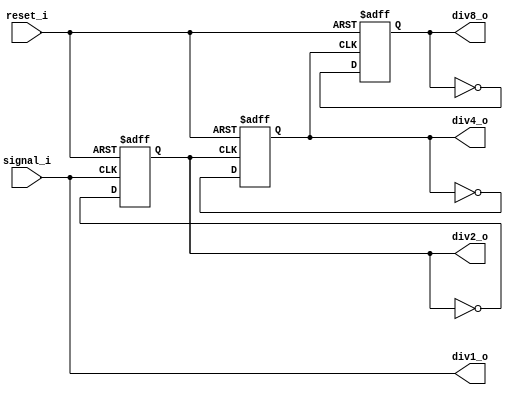
`timescale 1ns / 1ps
/*****************************************************************************/
/* Author   : Conor Dooley                                                   */
/* Date     : ??-Jan-2019                                                    */
/* Function : Divides input signal by 1,2 or 4                               */
/*****************************************************************************/
module Div8 (
        input wire signal_i,
        input wire reset_i, //reset high
        output wire div1_o, //loopback
        output wire div2_o,
        output wire div4_o,
        output wire div8_o
    );
    
    /*************************************************************************/
    /* Define nets                                                           */
    /*************************************************************************/
 
 	wire d0_c, d1_c, d2_c;
 	reg q0_r, q1_r, q2_r;

    /*************************************************************************/
    /* Combinatorial logic                                                   */
    /*************************************************************************/
    
    //each flip-flop inverts on clock event
 	assign d0_c = ~q0_r;
 	assign d1_c = ~q1_r;
 	assign d2_c = ~q2_r;
    
    //assign outputs
 	assign div1_o = signal_i;
 	assign div2_o = q0_r;
 	assign div4_o = q1_r;
 	assign div8_o = q2_r;

    /*************************************************************************/
    /* D flip-flops                                                          */
    /*************************************************************************/
    
    //each flip-flop is clocked by the output of the preceeding one in the chain
 	always @ (posedge signal_i or posedge reset_i)
 	begin
 		if(reset_i) q0_r = 0;
 		else q0_r = d0_c;
 	end

	always @ (posedge q0_r or posedge reset_i)
 	begin
 		if(reset_i) q1_r = 0;
 		else q1_r = d1_c;
 	end

 	always @ (posedge q1_r or posedge reset_i)
 	begin
 		if(reset_i) q2_r = 0;
 		else q2_r = d2_c;
 	end

 endmodule // Div8